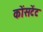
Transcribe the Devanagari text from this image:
कोंसटेंट